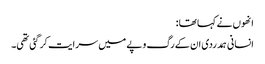
انھوں نے کہا تھا :
انسانی ہمدردی ان کے رگ و پے میں سرایت کر گئی تھی۔